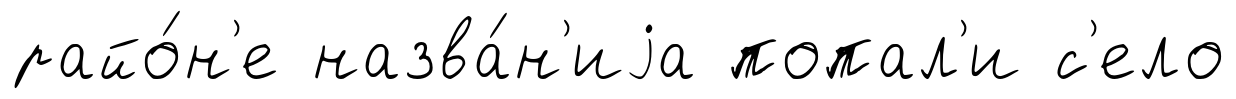
райо́н'е назва́н'иjа попал'и с'ело